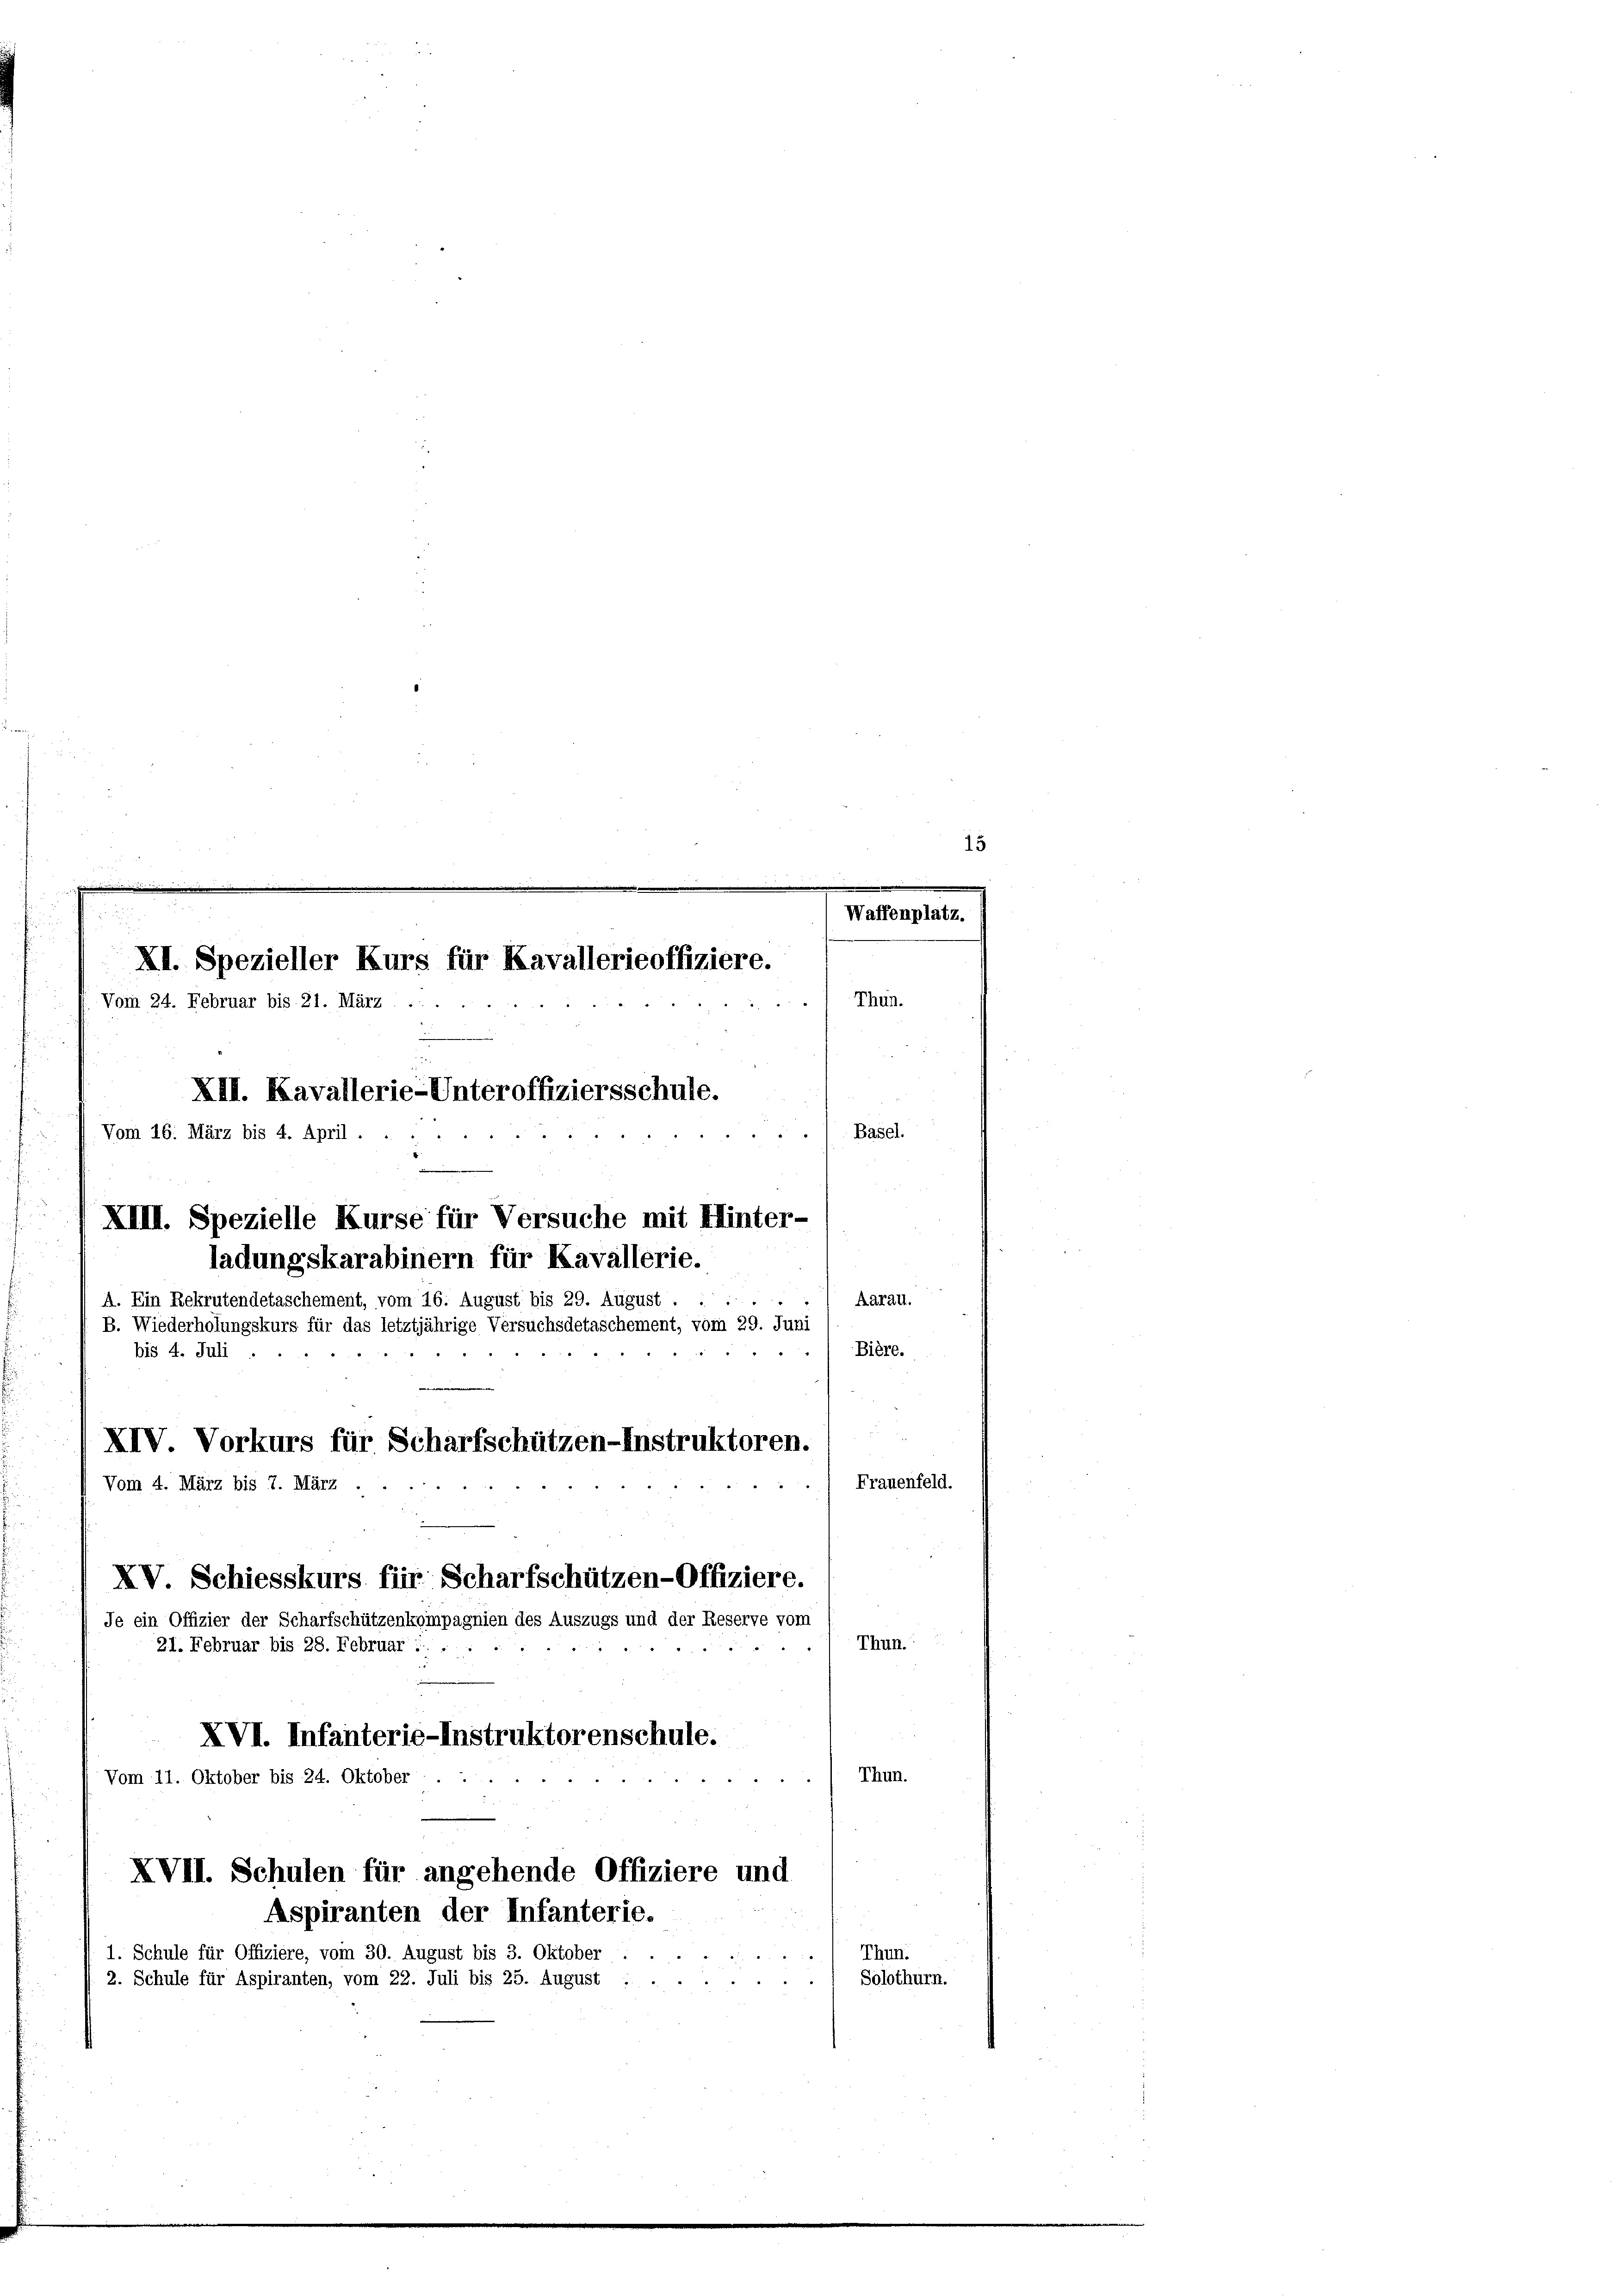
Waffenplatz.
.
XI. Spezieller Kurs für Kavallerieoffiziere.
Vom 24. Februar bis 21. März .
XIII. Kavallerie-Unteroffiziersschule.
Basel.
Vom 16. März bis 4. April.
5
d
XIII. Spezielle Kurse für Versuche mit Hinter-
ladungskarabinern für Kavallerie.
Aarau.
A. Ein Rekrutendetaschement, vom 16. August bis 29. August
B. Wiederholungskurs für das letztjährige Versuchsdetaschement, vom 29. Juni
Bière.
"
4
"
XIV. Vorkurs für Scharfschützen-Instruktoren.
Frauenfeld.
Vom 4. März bis 7. März .
XV Schiesskurs für Scharfschützen-Offiziere.
Je ein Offizier der Scharfschützenkompagnien des Auszugs und der Reserve vom
Thun.
21. Februar bis 28. Februar :
XVI. Infanterie-Instruktorenschule.
Thun.
Vom 11. Oktober bis 24. Oktober
XVII. Schulen für angehende Offiziere und
Aspiranten der Infanterie.
Thun.
1. Schule für Offiziere, vom 30. August bis 3. Oktober
e
Solothurn.
2. Schule für Aspiranten, vom 22. Juli bis 25. August :

bis 4. Juli.

Thun.